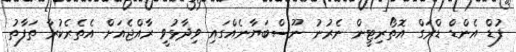
ފުޑް އެންޑް ޑްރަގް އޮތޯރިޓީން ނެރުނު ނޫސްބަޔާނެއްގައި ވިދާޅުވީ ރާއްޖެއަށް އެތެރެކުރާ ތަފާތު